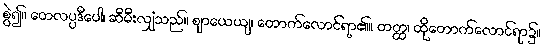
စွဲ၍။ တေလပ္ပဒီပေါ၊ ဆီမီးလျှံသည်။ ဈာယေယျ၊ တောက်လောင်ရာ၏။ တတ္ထ၊ ထိုတောက်လောင်ရာ၌။